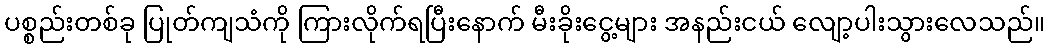
ပစ္စည်းတစ်ခု ပြုတ်ကျသံကို ကြားလိုက်ရပြီးနောက် မီးခိုးငွေ့များ အနည်းငယ် လျော့ပါးသွားလေသည်။